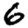
Digit: 6